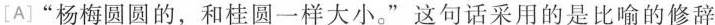
[A]”杨梅圆圆的，和桂圆一样大小。”这句话采用的是比喻的修辞